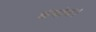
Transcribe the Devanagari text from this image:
कंबोज।